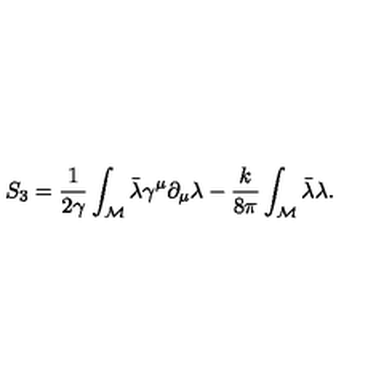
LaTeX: S _ { 3 } = \frac { 1 } { 2 \gamma } \int _ { \cal M } \bar { \lambda } \gamma ^ { \mu } \partial _ { \mu } \lambda - \frac { k } { 8 \pi } \int _ { \cal M } \bar { \lambda } \lambda .